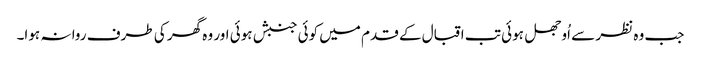
جب وہ نظر سے اُوجھل ہوئی تب اقبال کے قدم میں کوئی جنبش ہوئی اور وہ گھر کی طرف روا نہ ہوا۔